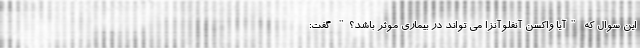
این سوال که "آیا واکسن آنفلوآنزا می تواند در بیماری موثر باشد؟" گفت: